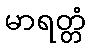
မာရတ္တံ